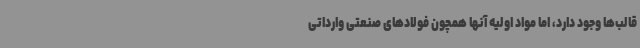
قالب‌ها وجود دارد، اما مواد اولیه آنها همچون فولادهای صنعتی وارداتی